Annual report on the mental hospital in the Central Provinces and Berar (Nagpur) - 1927-1951
Year: 1927
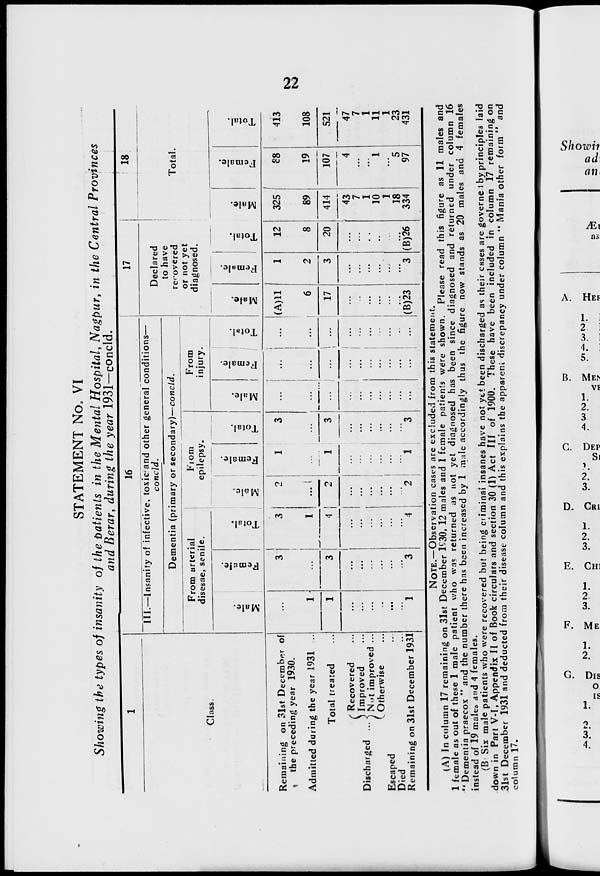
22
STATEMENT No. VI
Showing the types of insanity of the patients in the Mental Hospital, Nagpur, in the Central Provinces
and Berar, during the year 1931—concld.
1
Class.
Remaining on 31st December of
the preceding year 1930.
Admitted during the year 1931 ...
Total treated ...
Discharged ...
Recovered ...
Improved ...
Not improved ...
Otherwise ...
Escaped ...
Died ...
Remaining on 31st December 1931
16
III.—Insanity of infective, toxic and other general conditions—
concld.
Dementia (primary or secondary)—concld.
From arterial
disease, senile.
Male.
...
1
1
...
...
...
...
...
...
1
Female.
3
...
3
...
...
...
...
...
...
3
Total.
3
1
4
...
...
...
...
...
...
4
From
epilepsy.
Male.
2
...
2
...
...
...
...
...
...
2
Female.
1
...
1
...
...
...
...
...
...
1
Total.
3
...
3
...
...
...
...
...
...
3
From
injury.
Male.
...
...
...
...
...
...
...
...
...
...
Female.
...
...
...
...
...
...
...
...
...
...
Total.
...
...
...
...
...
...
...
...
...
...
17
Declared
to have
recovered
or not yet
diagnosed.
Male.
(A)11
6
17
...
...
...
...
...
...
(B) 23
Female.
1
2
3
...
...
...
...
...
...
3
Total.
12
8
20
...
...
...
...
...
...
(B) 26
18
Total.
Male.
325
89
414
43
7
1
10
1
18
334
Female.
88
19
107
4
...
...
1
...
5
97
Total.
413
108
521
47
7
1
11
1
23
431
NOTE.—Observation cases are excluded from this statement.
(A) In column 17 remaining on 31st December 1930, 12 males and 1 female patients were shown. Please read this figure as 11 males and
1 female as out of these 1 male patient who was returned as not yet diagnosed has been since diagnosed and returned under column 16
" Dementia praecox " and the number there has been increased by 1 male accordingly thus the figure now stands as 20 males and 4 females
instead of 19 males and 4 females.
(B) Six male patients who were recovered but being criminal insanes have not yet been discharged as their cases are governed by principles laid
down in Part V-I, Appendix II of Book circulars and section 30 (1) Act III of 1900. These have been included in column 17 remaining on
31st December 1931 and deducted from their disease column and this explains the apparent discrepancy under column " Mania other form " and
column 17.